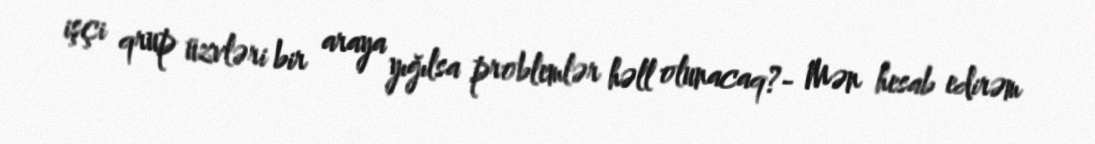
işçi qrup üzvləri bir araya yığılsa problemlər həll olunacaq?- Mən hesab edirəm